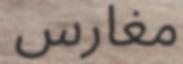
مغارس